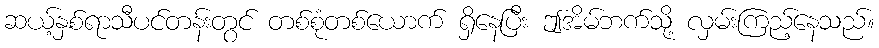
ဆယ့်နှစ်ရာသီပင်တန်းတွင် တစ်စုံတစ်ယောက် ရှိနေပြီး ဤအိမ်ဘက်သို့ လှမ်းကြည့်နေသည်။